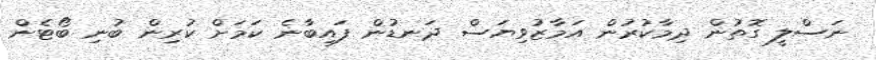
ނަސްލީ ގޮތުން ދިމާކުރުން އަމާޒުވިޔަސް ދަނޑުން ފައިބާނެ ކަމަށް ކުރިން ބުނި ބޯޓެން